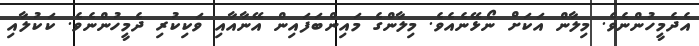
އެދެމީހުންނެވެ. މިލާން އަކަށް ނޯޅޭނެއެވެ. މިލާންގެ މައިންބަފައިން އޭނާއާއި ވަކިކުރި ދެމީހުންނެވެ. ކަކުލާއި